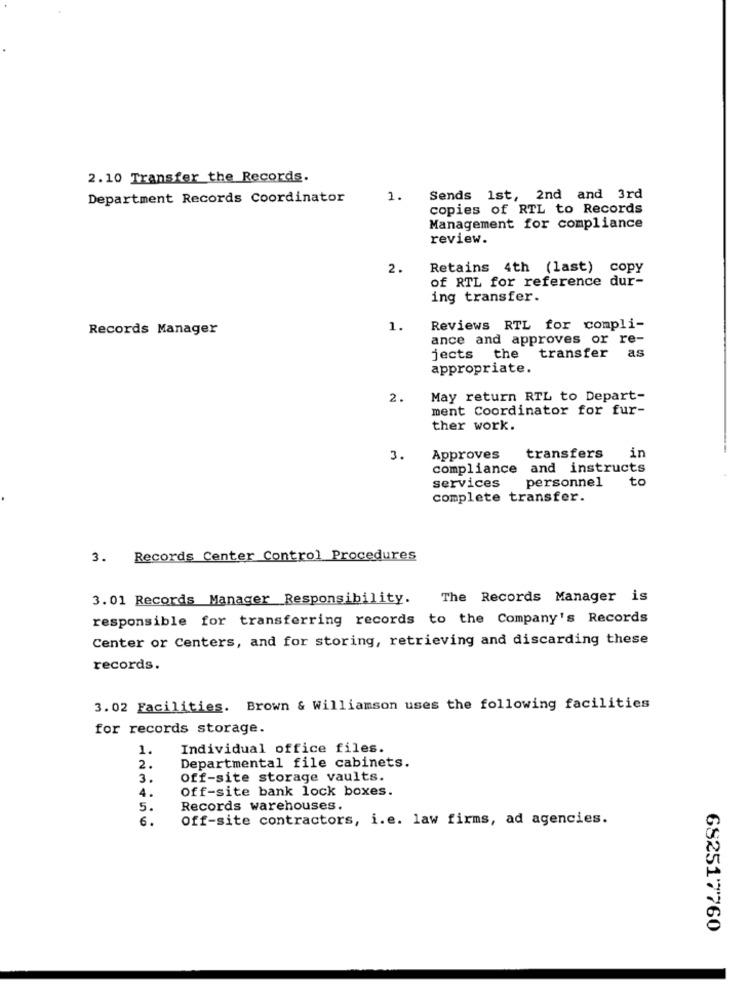
2.10 Transfer the Records.
Department Records Coordinator
1.
Sends 1st, 2nd and 3rd
copies of RTL to Records
Management for compliance
review.
2.
Retains 4th (last) copy
of RTL for reference dur-
ing transfer.
Records Manager
1.
Reviews RTL for compli-
ance and approves or re-
transfer
as
jects the
appropriate.
2.
May return RTL to Depart-
ment Coordinator for fur-
ther work.
in
3.
Approves
transfers
compliance
and instructs
services
personnel to
complete transfer.
3. Records Center Control Procedures
3.01 Records Manager_Responsibility.
The Records Manager is
responsible for transferring records to the Company's Records
Center or Centers, and for storing, retrieving and discarding these
records.
3.02 Facilities. Brown & Williamson uses the following facilities
for records storage.
1.
Individual office files.
2.
Departmental file cabinets.
3.
Off-site storage vaults.
4.
Off-site bank lock boxes.
5.
Records warehouses.
6.
Off-site contractors, i.e. law firms, ad agencies.
682517760